Vaccination in Bombay 1889-1901 - 1889-1901
Year: 1889
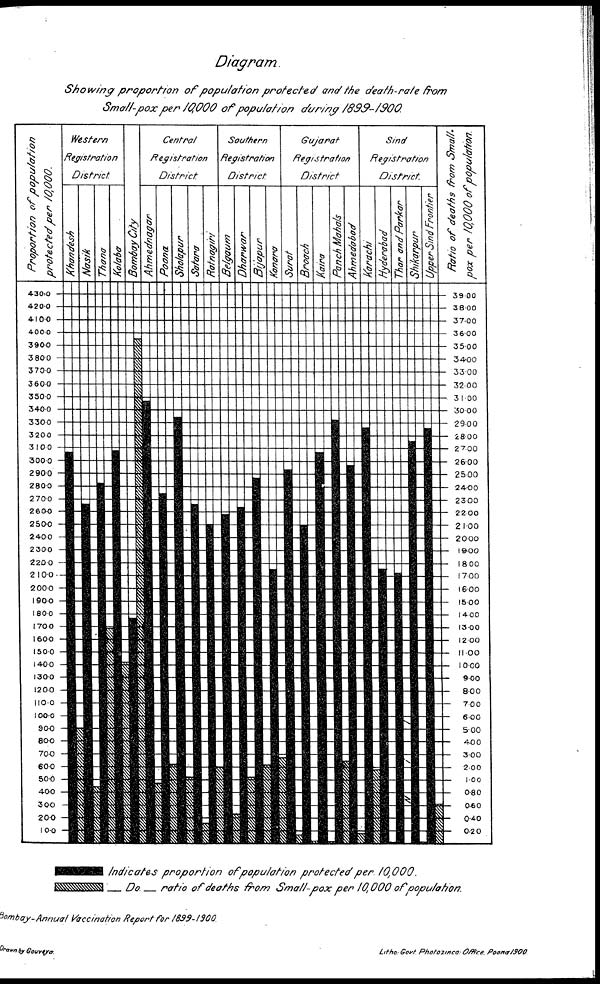
Diagram.
Showing
proportion
of population
protected
and the death-rate
from
Small-pox per 10,000 of population
during
1899-1900.
indicates proportion
of poputation
protected per
10,000.
Do.
ratio of deaths from Small-pox per 10,000 of population.
Bombay-Annual
Vaccination Report for
1839-1900.
Drawn by
Gouveya.
Litho: Govt. Photozinca: Office. Poona 1900.